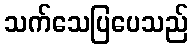
သက်သေပြပေသည်